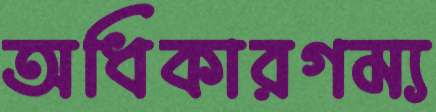
অধিকারগম্য